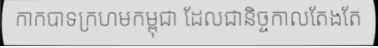
កាកបាទក្រហមកម្ពុជា ដែលជានិច្ចកាលតែងតែ